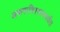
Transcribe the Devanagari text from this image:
अफगाणिस्तानपर्यंत